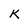
Character: k